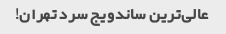
عالی‌ترین ساندویج سرد تهران!